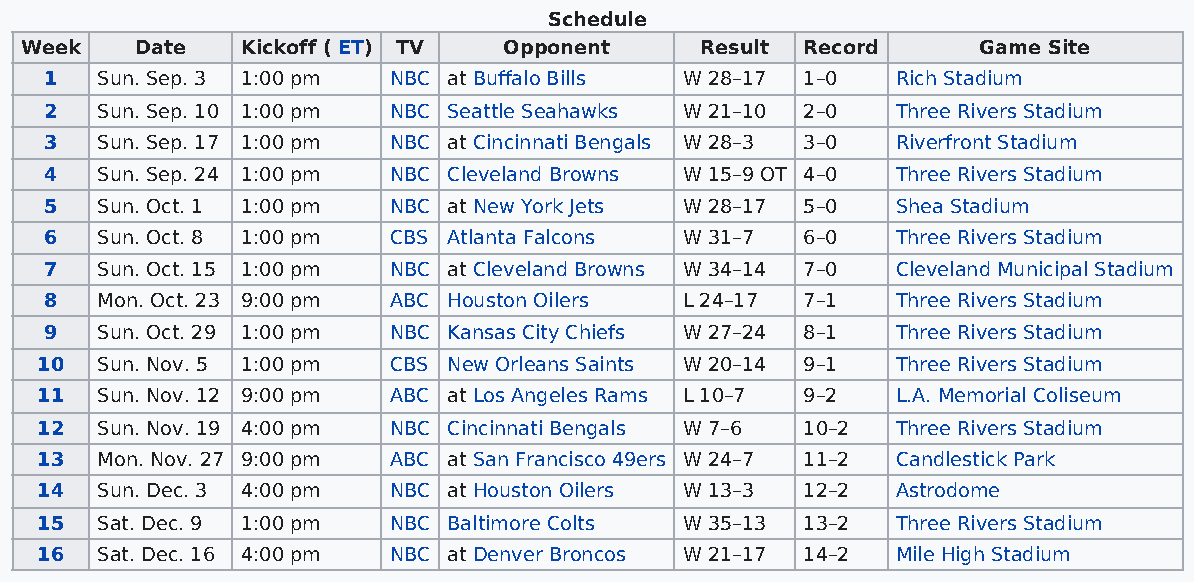
Schedule
 Week    Date   Kickoff ( ET) TV Opponent     Result Record      Game Site
 1  Sun. Sep. 3 1:00 pm NBC at Buffalo Bills W 28–17 1–0 Rich Stadium
 2  Sun. Sep. 10 1:00 pm NBC Seattle Seahawks W 21–10 2–0 Three Rivers Stadium
 3  Sun. Sep. 17 1:00 pm NBC at Cincinnati Bengals W 28–3 3–0 Riverfront Stadium
 4  Sun. Sep. 24 1:00 pm NBC Cleveland Browns W 15–9 OT 4–0 Three Rivers Stadium
 5  Sun. Oct. 1 1:00 pm NBC at New York Jets W 28–17 5–0 Shea Stadium
 6  Sun. Oct. 8 1:00 pm CBS Atlanta Falcons W 31–7 6–0   Three Rivers Stadium
 7  Sun. Oct. 15 1:00 pm NBC at Cleveland Browns W 34–14 7–0 Cleveland Municipal Stadium
 8  Mon. Oct. 23 9:00 pm ABC Houston Oilers L 24–17 7–1  Three Rivers Stadium
 9  Sun. Oct. 29 1:00 pm NBC Kansas City Chiefs W 27–24 8–1 Three Rivers Stadium
 10  Sun. Nov. 5 1:00 pm CBS New Orleans Saints W 20–14 9–1 Three Rivers Stadium
 11  Sun. Nov. 12 9:00 pm ABC at Los Angeles Rams L 10–7 9–2 L.A. Memorial Coliseum
 12  Sun. Nov. 19 4:00 pm NBC Cincinnati Bengals W 7–6 10–2 Three Rivers Stadium
 13  Mon. Nov. 27 9:00 pm ABC at San Francisco 49ers W 24–7 11–2 Candlestick Park
 14  Sun. Dec. 3 4:00 pm NBC at Houston Oilers W 13–3 12–2 Astrodome
 15  Sat. Dec. 9 1:00 pm NBC Baltimore Colts W 35–13 13–2 Three Rivers Stadium
 16  Sat. Dec. 16 4:00 pm NBC at Denver Broncos W 21–17 14–2 Mile High Stadium